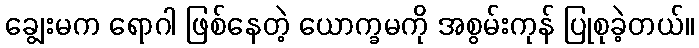
ချွေးမက ရောဂါ ဖြစ်နေတဲ့ ယောက္ခမကို အစွမ်းကုန် ပြုစုခဲ့တယ်။